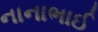
નાનાભાઈ